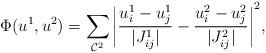
LaTeX: \begin{align*}\Phi(u^1,u^2) = \sum_{\mathcal{C}^2} {\left\lvert \frac{u^1_i-u^1_j}{|J_{ij}^1|}-\frac{u^2_i-u^2_j}{|J_{ij}^2|} \right\rvert}^2,\end{align*}